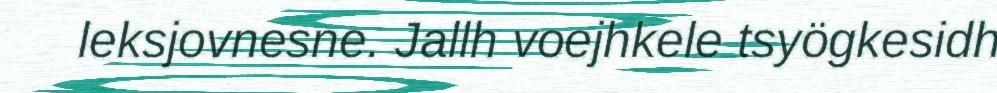
leksjovnesne. Jallh voejhkele tsyögkesidh